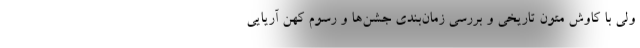
ولی با کاوش متون تاریخی و بررسی زمان‌بندی جشن‌ها و رسوم کهن آریایی